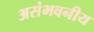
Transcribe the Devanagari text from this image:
असंभवनीय